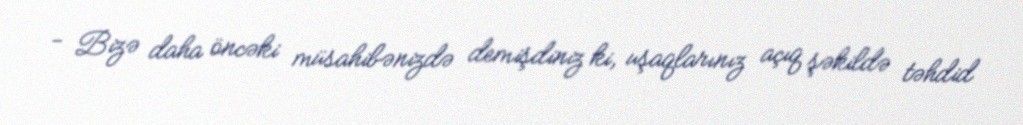
- Bizə daha öncəki müsahibənizdə demişdiniz ki, uşaqlarınız açıq şəkildə təhdid